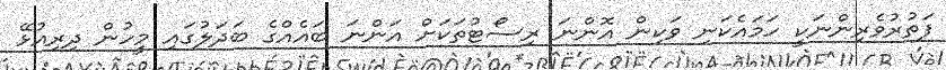
ފަތުރުވެރިންނަކީ ހަމައެކަނި ވަކިން އޮންނަ ރިސޯޓުތަކަށް އަންނަ ބައެއްގެ ބަދަލުގައި މީހުން ދިރިއުޅޭ